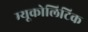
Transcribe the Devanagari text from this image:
म्यूकोलिटिक